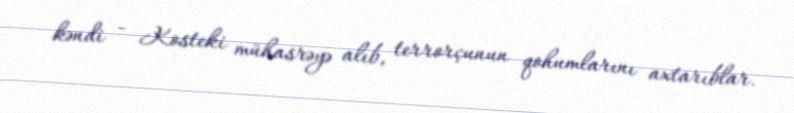
kəndi - Kosteki mühasrəyə alıb, terrorçunun qohumlarını axtarıblar.